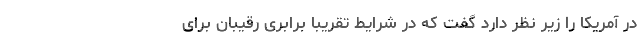
در آمریکا را زیر نظر دارد گفت که در شرایط تقریبا برابری رقیبان برای